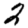
Digit: 2